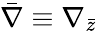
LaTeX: \bar{\nabla}\equiv\nabla_{\bar{z}}